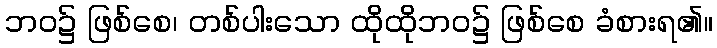
ဘဝ၌ ဖြစ်စေ၊ တစ်ပါးသော ထိုထိုဘဝ၌ ဖြစ်စေ ခံစားရ၏။